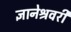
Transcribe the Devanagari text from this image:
ज्ञानेश्रवरी